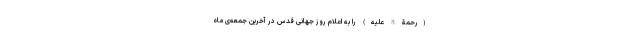
(رحمة‌ اللّه‌ علیه) را به اعلام روز جهانی قدس در آخرین جمعه‌ی ماه